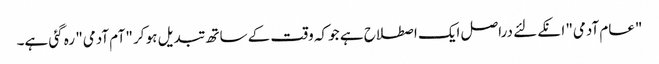
"عام آدمی" انکے لئے دراصل ایک اصطلاح ہے جو کہ وقت کے ساتھ تبدیل ہو کر "آم آدمی" رہ گئی ہے۔